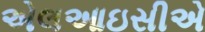
એલઆઇસીએ